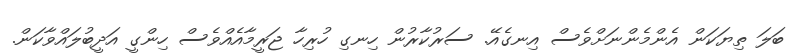
ބަލަ ތިޔަކަން އެންމެންނަށްވެސް އިނގެއޭ. ސަރުކާރުން ހިނގި ހުރިހާ ޖަރީމާއެއްވެސް ހިންގީ އަދީބުލައްވާކަން.